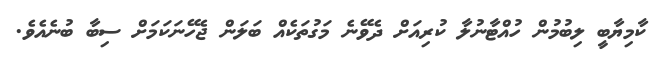
ކާމިޔާބީ ލިބުމުން ހުއްޓާނުލާ ކުރިއަށް ދެވޭނެ މަގުތަކެއް ބަލަން ޖެހޭނަކަމަށް ސިބާ ބުނެއެވެ.